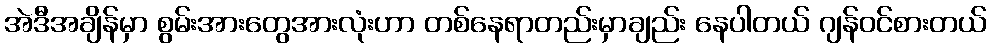
အဲဒီအချိန်မှာ စွမ်းအားတွေအားလုံးဟာ တစ်နေရာတည်းမှာချည်း နေပါတယ် ဂျန်ဝင်စားတယ်